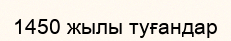
1450 жылы туғандар